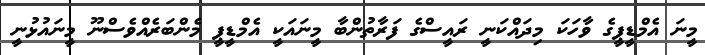
މީނަ އެމްޑީޕީގެ ވާހަކަ މިދައްކަނީ ރައީސްގެ ފަރާތުންބާ މީނައަކީ އެމްޑީޕީ މެންބަރެއްވެސްނޫ މީނައުޅުނީ